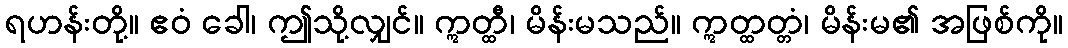
ရဟန်းတို့။ ဧဝံ ခေါ၊ ဤသို့လျှင်။ ဣတ္ထီ၊ မိန်းမသည်။ ဣတ္ထတ္တံ၊ မိန်းမ၏ အဖြစ်ကို။